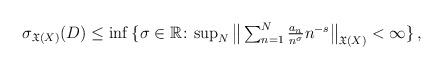
LaTeX: \begin{align*}\sigma_{\mathfrak{X}(X)}(D) \leq \inf{\{ \sigma \in \mathbb{R} \colon \mbox{$\sup_{N} \big\| \sum_{n=1}^{N}{\frac{a_{n}}{n^{\sigma}} n^{-s}}\big\|_{\mathfrak{X}(X)} < \infty$} \}} \,,\end{align*}